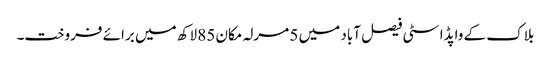
بلاک کے واپڈا سٹی فیصل آباد میں 5 مرلہ مکان 85 لاکھ میں برائے فروخت۔